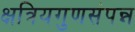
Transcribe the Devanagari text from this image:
क्षत्रियगुणसंपन्न